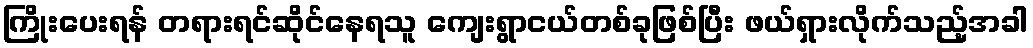
ကြိုးပေးရန် တရားရင်ဆိုင်နေရသူ ကျေးရွာငယ်တစ်ခုဖြစ်ပြီး ဖယ်ရှားလိုက်သည့်အခါ